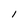
Character: l